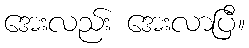
အေးလည်း အေးလာပြီ။